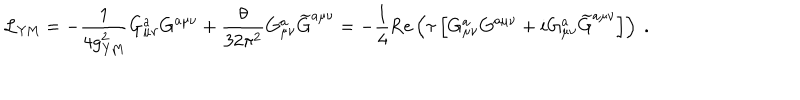
{ \cal L } _ { \mathrm { Y M } } = - { \frac { 1 } { 4 g _ { \mathrm { Y M } } ^ { 2 } } } G _ { \mu \nu } ^ { a } G ^ { a \mu \nu } + { \frac { \theta } { 3 2 \pi ^ { 2 } } } G _ { \mu \nu } ^ { a } { \widetilde G } ^ { a \mu \nu } = - { \frac { 1 } { 4 } } \mathrm { R e } \left( \tau \left[ G _ { \mu \nu } ^ { a } G ^ { a \mu \nu } + i G _ { \mu \nu } ^ { a } { \widetilde G } ^ { a \mu \nu } \right] \right) ~ .